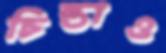
চিন্তাও